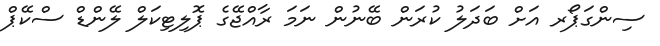
ސިންގަޕޯރ އަށް ބަދަލު ކުރަން ބޭނުން ނަމަ ރާއްޖޭގެ ޕޮލިޓިކަލް ލޭންޑް ސްކޭޕް